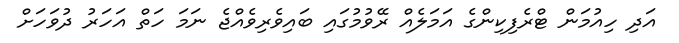
އަދި ހިއުމަން ޓްރެފިކިންގެ އަމަލެއް ރޭވުމުގައި ބައިވެރިވެއްޖެ ނަމަ ހަތް އަހަރު ދުވަހަށް